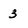
Character: 3